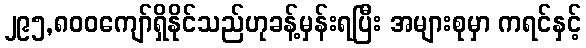
၂၉၅,၈၀၀ကျော်ရှိနိုင်သည်ဟုခန့်မှန်းရပြီး အများစုမှာ ကရင်နှင့်